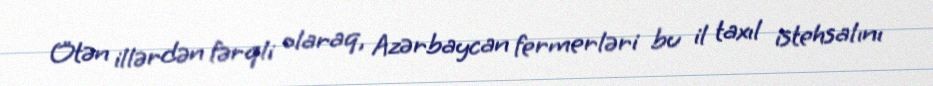
Ötən illərdən fərqli olaraq, Azərbaycan fermerləri bu il taxıl istehsalını